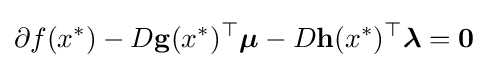
\partial f(x^{*})-D\mathbf {g} (x^{*})^{\top }{\boldsymbol {\mu }}-D\mathbf {h} (x^{*})^{\top }{\boldsymbol {\lambda }}=\mathbf {0}